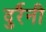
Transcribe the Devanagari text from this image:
दुर्रैनी